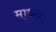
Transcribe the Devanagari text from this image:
माधवः